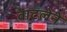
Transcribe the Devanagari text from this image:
वाटलेने